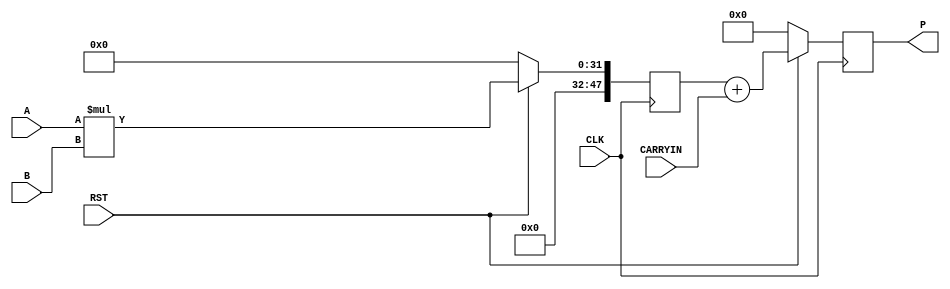
module MACC (P, A, B, CARRYIN, CLK, RST);

  output reg [47:0] P;
  input [15:0] A;
  input [15:0] B;
  input CARRYIN;
  input CLK;
  input RST;

  reg [47:0] mult_reg;

  always @(posedge CLK)
    begin
    if(!RST)
        mult_reg <= 'b0;
    else
        mult_reg <= A * B;
    end

    always@(posedge CLK)
    begin
    if(!RST)
        P <= 'b0;
    else
        P <= mult_reg + CARRYIN;
    end

endmodule


module top (
input clk,
input rst,
input [15:0] a,
input [15:0] b,
input carryin,
output [47:0] p
);

MACC u_MACC (
        .P (p),
        .A (a),
        .B (b ),
        .CARRYIN (carryin ),
        .CLK (clk),
        .RST (rst)
    );

endmodule